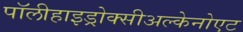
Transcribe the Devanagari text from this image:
पॉलीहाइड्रोक्सीअल्केनोएट